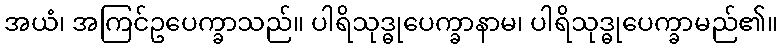
အယံ၊ အကြင်ဥပေက္ခာသည်။ ပါရိသုဒ္ဓုပေက္ခာနာမ၊ ပါရိသုဒ္ဓုပေက္ခာမည်၏။